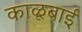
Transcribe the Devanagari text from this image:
काळूबाई